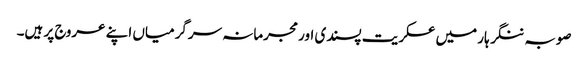
صوبہ ننگر ہار میں عسکریت پسندی اور مجرمانہ سرگرمیاں اپنے عروج پر ہیں۔